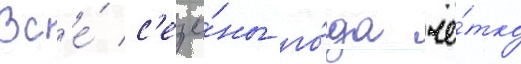
Вс'е́ с'езо́ны го́да чё́тко